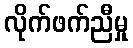
လိုက်ဖက်ညီမှု